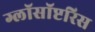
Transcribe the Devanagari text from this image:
ग्लॉसॉप्टरिस